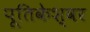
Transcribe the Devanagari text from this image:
पूतिकेश्वर